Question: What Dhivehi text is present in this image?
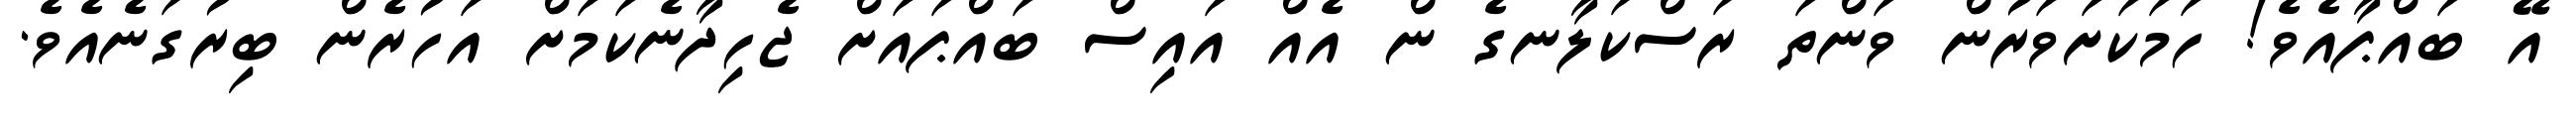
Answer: އޭ ބައްޕާއެވެ! ހަމަކަށަވަރުން ވަންތަ ރަސްކަލާނގެ ން އެއް އައިސް ބައްޕައަށް ޖެހިދާނެކަމަށް އަހުރެން ބިރުގަނެއެވެ.